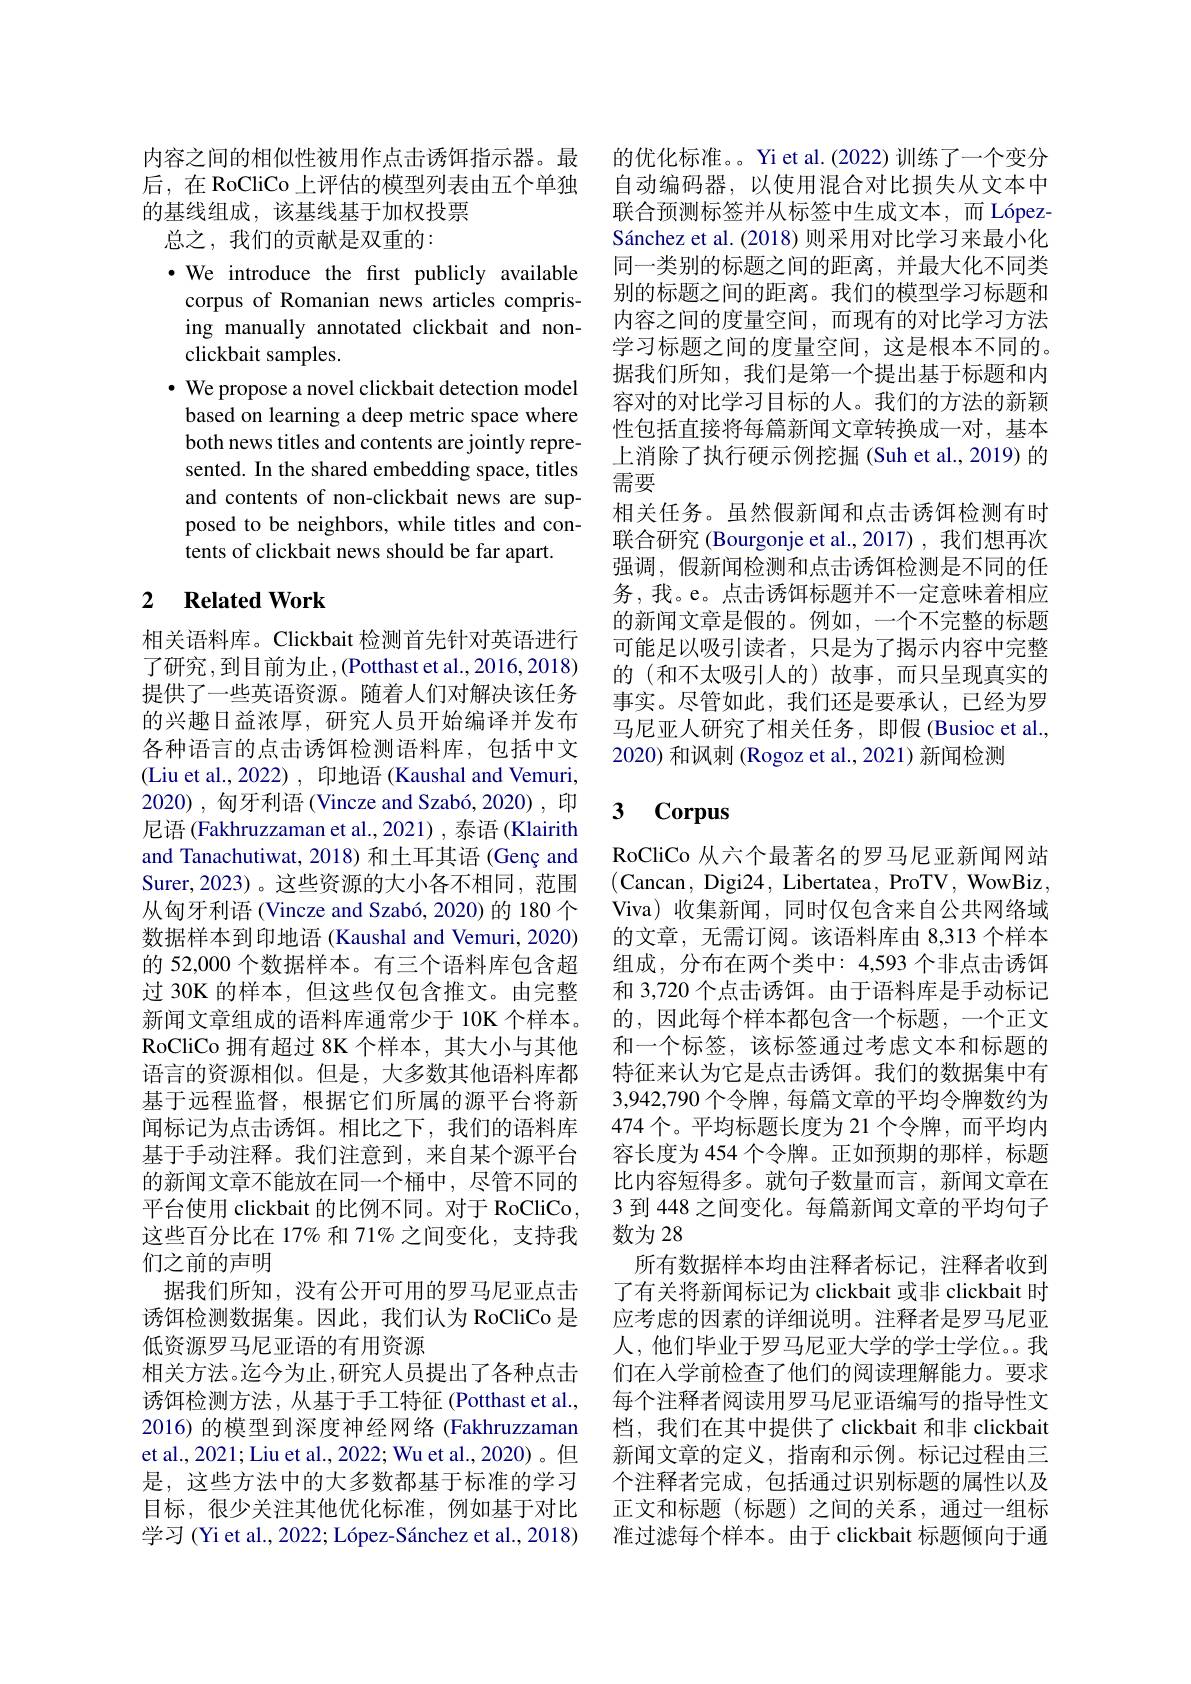
内容之间的相似性被用作点击诱饵指示器。最 的优化标准。Yi et al.(2022) 训练了一个变分
后，在 RoCliCo 上评估的模型列表由五个单独
的基线组成，该基线基于加权投票
总之，我们的贡献是双重的：
·We introduce the first publicly available corpus of Romanian news articles comprising manually annotated clickbait and nonclickbait samples.
$\cdot$ We propose a novel clickbait detection model based on learning a deep metric space where both news titles and contents are jointly represented. In the shared embedding space, titles and contents of non-clickbait news are supposed to be neighbors, while titles and contents of clickbait news should be far apart.

## 2 $\textbf{Related Work}$

相关语料库。Clickbait 检测首先针对英语进行了研究，到目前为止，(Potthast et al.,2016,2018) 提供了一些英语资源。随着人们对解决该任务的兴趣日益浓厚，研究人员开始编译并发布各种语言的点击诱饵检测语料库，包括中文(Liu et al.,2022), 印地语 (Kaushal and Vemuri, 2020) , 匈牙利语 (Vincze and Szabó, 2020) , 印尼语 (Fakhruzzaman et al.,2021) , 泰语 (Klairith and Tanachutiwat, 2018) 和土耳其语 (Genç and Surer,2023)。这些资源的大小各不相同，范围从匈牙利语 (Vincze and Szabó, 2020) 的 180 个数据样本到印地语 (Kaushal and Vemuri, 2020) 的 52,000 个数据样本。有三个语料库包含超过 30K 的样本，但这些仅包含推文。由完整新闻文章组成的语料库通常少于 10K 个样本。RoCliCo 拥有超过 8K 个样本，其大小与其他语言的资源相似。但是，大多数其他语料库都基于远程监督，根据它们所属的源平台将新闻标记为点击诱饵。相比之下，我们的语料库基于手动注释。我们注意到，来自某个源平台的新闻文章不能放在同一个桶中，尽管不同的平台使用 clickbait 的比例不同。对于 RoCliCo, 这些百分比在 17% 和 71% 之间变化，支持我们之前的声明
据我们所知，没有公开可用的罗马尼亚点击诱饵检测数据集。因此，我们认为 RoCliCo 是低资源罗马尼亚语的有用资源
相关方法。迄今为止，研究人员提出了各种点击诱饵检测方法，从基于手工特征 (Potthast et al., 2016) 的模型到深度神经网络 (Fakhruzzaman et al., 2021; Liu et al., 2022; Wu et al., 2020)。但是，这些方法中的大多数都基于标准的学习目标，很少关注其他优化标准，例如基于对比学习(Yi et al., 2022; López-Sánchez et al., 2018)

自动编码器，以使用混合对比损失从文本中联合预测标签并从标签中生成文本，而 LópezSánchez et al. (2018) 则采用对比学习来最小化同一类别的标题之间的距离，并最大化不同类别的标题之间的距离。我们的模型学习标题和内容之间的度量空间，而现有的对比学习方法学习标题之间的度量空间，这是根本不同的。据我们所知，我们是第一个提出基于标题和内容对的对比学习目标的人。我们的方法的新颖性包括直接将每篇新闻文章转换成一对，基本上消除了执行硬示例挖掘(Suh et al., 2019) 的需要
相关任务。虽然假新闻和点击诱饵检测有时联合研究 (Bourgonje et al.,2017), 我们想再次强调，假新闻检测和点击诱饵检测是不同的任务，我。e。点击诱饵标题并不一定意味着相应的新闻文章是假的。例如，一个不完整的标题可能足以吸引读者，只是为了揭示内容中完整的(和不太吸引人的)故事，而只呈现真实的事实。尽管如此，我们还是要承认，已经为罗马尼亚人研究了相关任务，即假 (Busioc et al., 2020) 和讽刺 (Rogoz et al., 2021) 新闻检测

### $\textbf{3}\textbf{Corpus}$

RoCliCo 从六个最著名的罗马尼亚新闻网站(Cancan, Digi24, Libertatea, ProTV, WowBiz, Viva)收集新闻，同时仅包含来自公共网络域的文章，无需订阅。该语料库由 8,313 个样本组成，分布在两个类中：4,593 个非点击诱饵和 3,720 个点击诱饵。由于语料库是手动标记的，因此每个样本都包含一个标题，一个正文和一个标签，该标签通过考虑文本和标题的特征来认为它是点击诱饵。我们的数据集中有3,942,790 个令牌 , 每篇文章的平均令牌数约为474 个。平均标题长度为 21 个令牌，而平均内容长度为 454 个令牌。正如预期的那样，标题比内容短得多。就句子数量而言，新闻文章在3 到 448 之间变化。每篇新闻文章的平均句子数为 28
所有数据样本均由注释者标记，注释者收到了有关将新闻标记为 clickbait 或非 clickbait 时应考虑的因素的详细说明。注释者是罗马尼亚人，他们毕业于罗马尼亚大学的学士学位。我们在人学前检查了他们的阅读理解能力。要求每个注释者阅读用罗马尼亚语编写的指导性文档，我们在其中提供了 clickbait 和非 clickbait 新闻文章的定义，指南和示例。标记过程由三个注释者完成，包括通过识别标题的属性以及正文和标题(标题)之间的关系，通过一组标准过滤每个样本。由于 clickbait 标题倾向于通